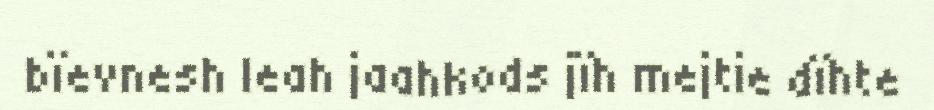
bïevnesh leah jaahkods jïh mejtie dïhte